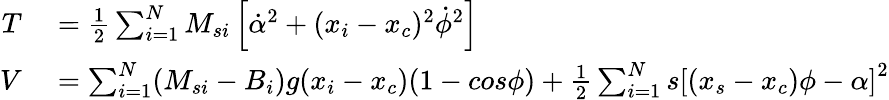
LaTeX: \begin{array}{rl}{T}&{{}=\frac{1}{2}\sum_{i=1}^{N}M_{si}\left[\dot{\alpha}^{2}+(x_{i}-x_{c})^{2}\dot{\phi}^{2}\right]}\\ {V}&{{}=\sum_{i=1}^{N}(M_{si}-B_{i})g(x_{i}-x_{c})(1-cos\phi)+\frac{1}{2}\sum_{i=1}^{N}s\left[(x_{s}-x_{c})\phi-\alpha\right]^{2}}\end{array}